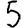
Digit: 5